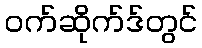
ဝက်ဆိုက်ဒ်တွင်